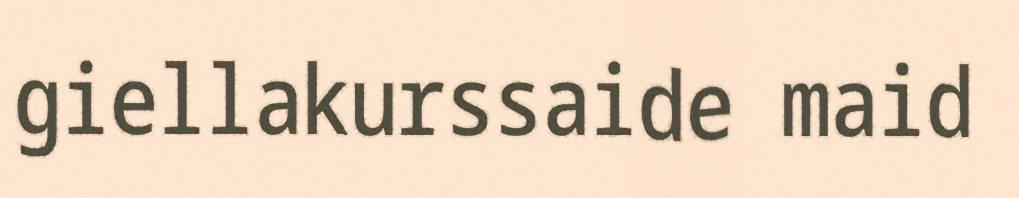
giellakurssaide maid